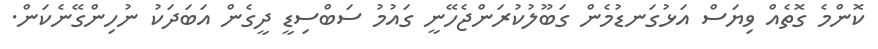
ކޮންމެ ގޮތެއް ވިޔަސް އަޅުގަނޑުމެން ގަބޫލުކުރަންޖެހޭނީ ގައުމު ސަބްސިޑީ ދީގެން އަބަދަކު ނުހިންގޭނެކަން.